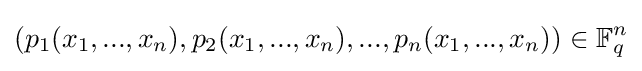
(p_{1}(x_{1},...,x_{n}),p_{2}(x_{1},...,x_{n}),...,p_{n}(x_{1},...,x_{n}))\in \mathbb {F} _{q}^{n}